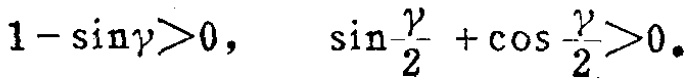
$1 - \sin\gamma>0, \quad \sin\frac{\gamma}{2} + \cos\frac{\gamma}{2}>0.$